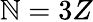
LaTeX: \mathbb{N}=3Z